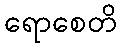
ရောစေတိ